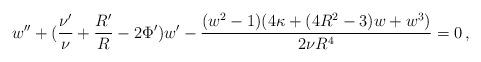
LaTeX: \begin{align*}w'' + (\frac{\nu'}{\nu} + \frac{R'}{R} - 2 \Phi')w'-\frac{(w^2-1)(4 \kappa + (4R^2-3)w + w^3)}{2 \nu R^4} = 0\,,\end{align*}